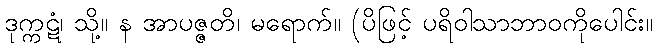
ဒုက္ကဋံ၊ သို့။ န အာပဇ္ဇတိ၊ မရောက်။ (ပိဖြင့် ပရိဝါသာဘာဝကိုပေါင်း။